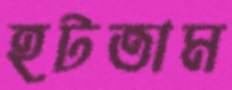
হটতাম